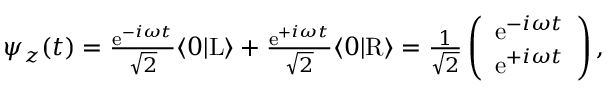
\begin{array} { r } { \psi _ { z } ( t ) = \frac { \mathrm { e } ^ { - i \omega t } } { \sqrt { 2 } } \langle 0 | \mathrm { L } \rangle + \frac { \mathrm { e } ^ { + i \omega t } } { \sqrt { 2 } } \langle 0 | \mathrm { R } \rangle = \frac { 1 } { \sqrt { 2 } } \left( \begin{array} { c } { \mathrm { e } ^ { - i \omega t } } \\ { \mathrm { e } ^ { + i \omega t } } \end{array} \right) , } \end{array}